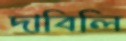
দাবিলি